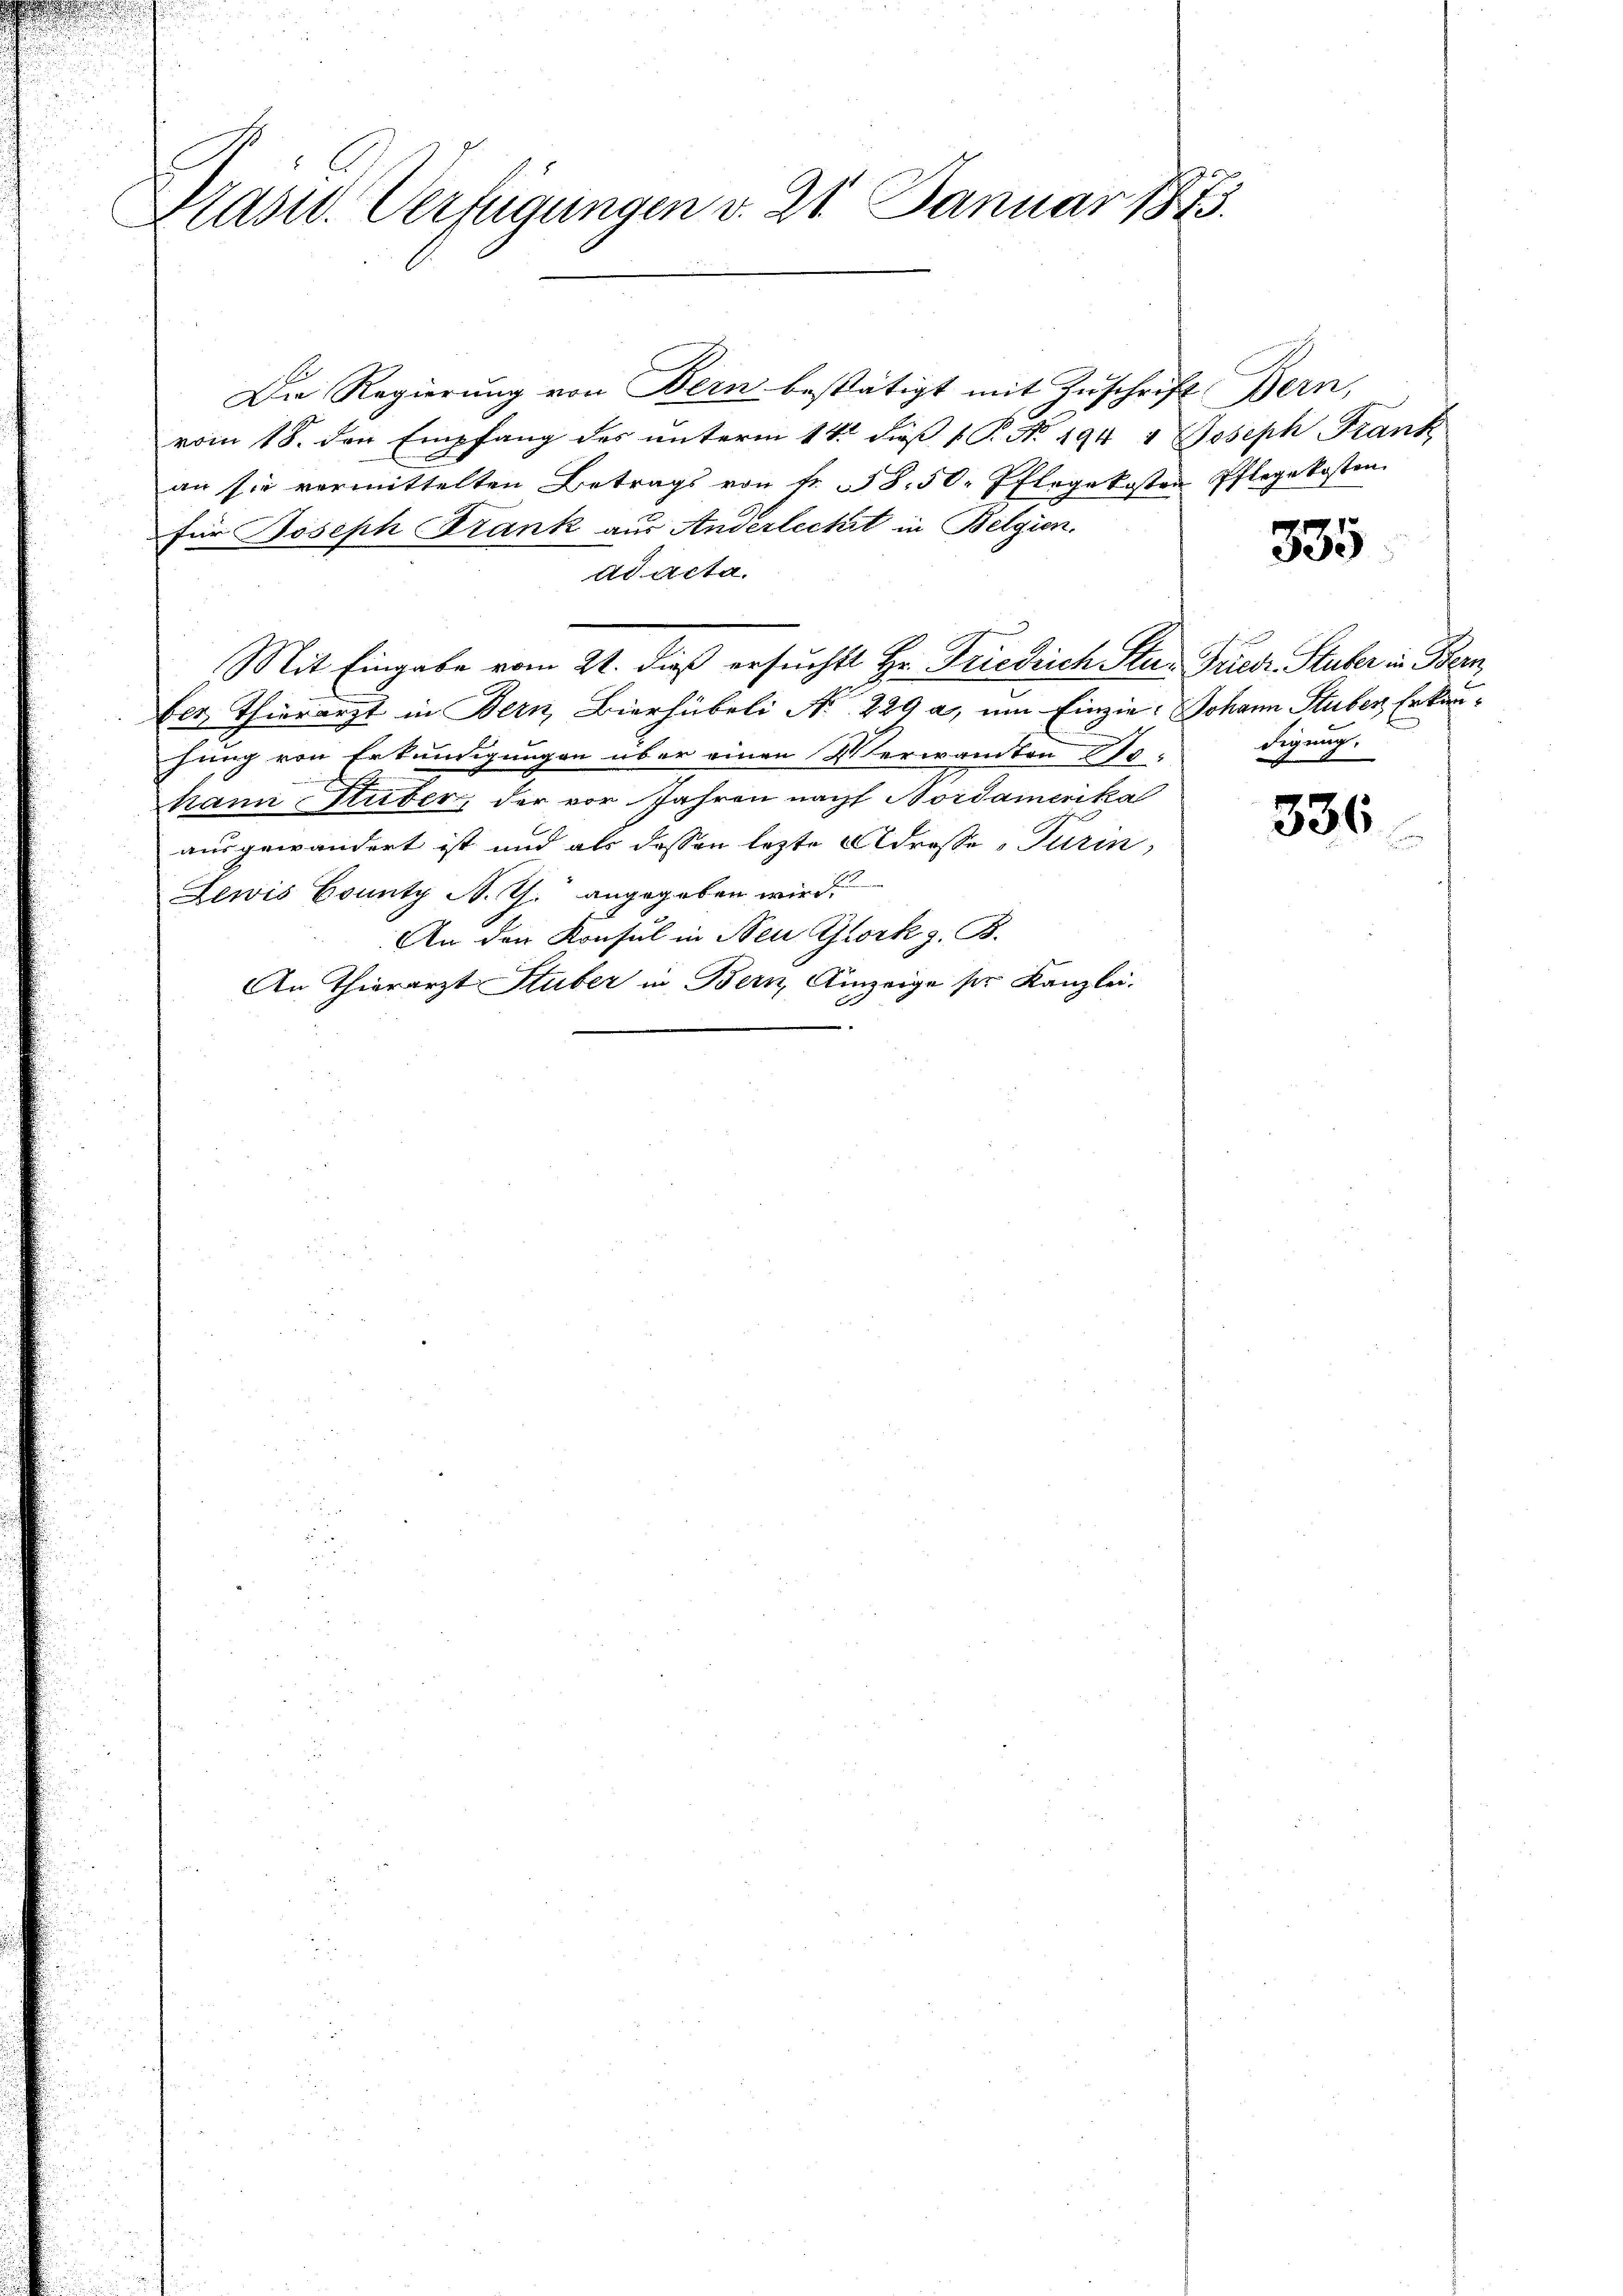
Blasid. Verfügungen v. 21. Januar 1873.

Die Regierŭng von Bern bestätigt mit Zŭschrift Bern,
vom 18. den Empfang des unterm 14. dieß 1 P. No. 194 & Joseph Frank
an sie vermittelten Betrags von fr. 38. 50. Pflegekosten Pflegekosten.
für Joseph Frank aus Anderlecht in Belgien.
Adacta.
Mit Eingabe vom 21. dieß ersucht Hr. Friedrich Stus Friedr. Stuber in Bern
ber Thierarzt in Bern, Bierhübeli N. 229 a, um Einzie: Johann Stuber, Erkanhung von Erkundigungen über einen Verwandten 15
hann Stuber, der vor Jahren nach Nordamerika
ausgewandert ist und als dessen letzte Adresse-Turin,
Zewis County N. Th. angegeben wird.
An den Konsul in Neu Giork z. B.
An Thierarzt Stuber in Bern, Anzeige ser Kanzlei.

335

digung.

336